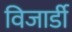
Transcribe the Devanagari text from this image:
विजार्डी